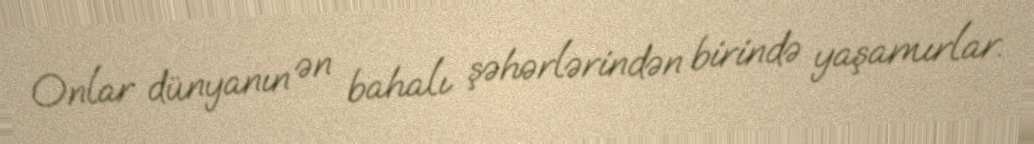
Onlar dünyanın ən bahalı şəhərlərindən birində yaşamırlar.